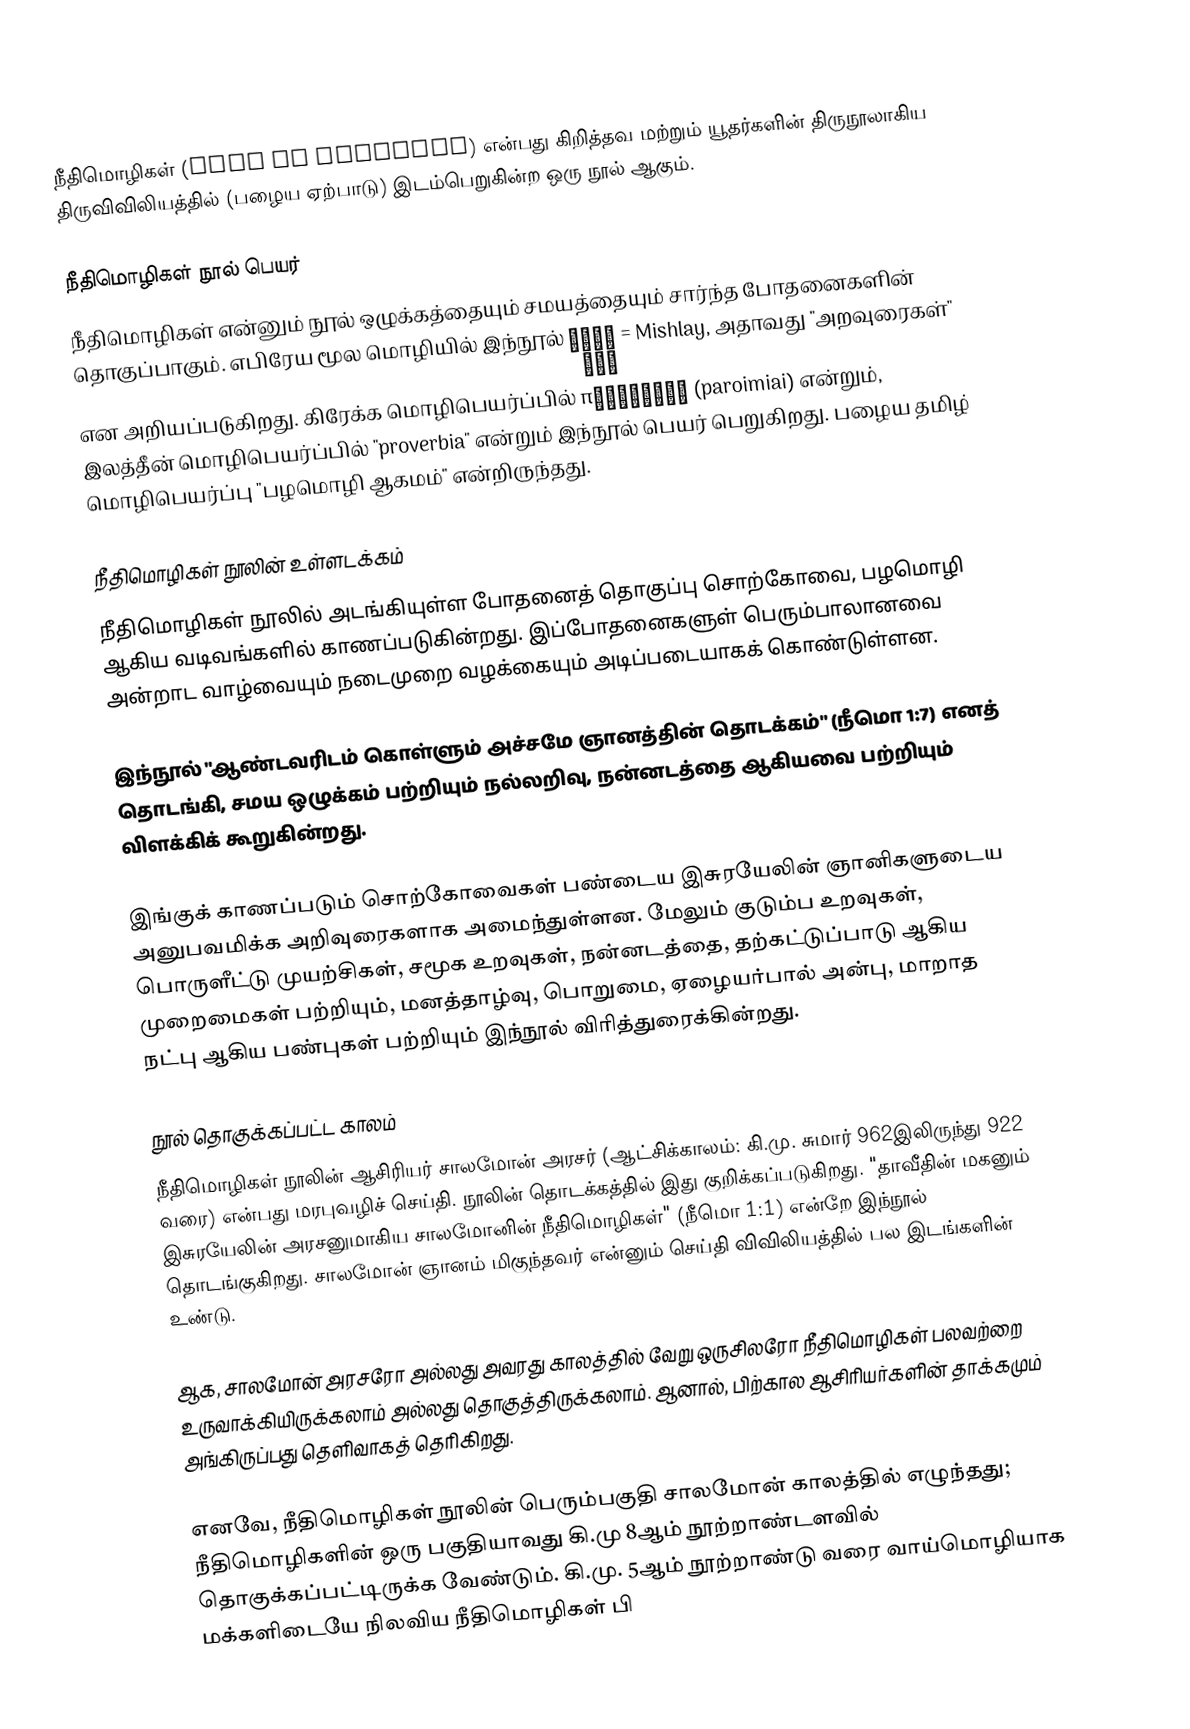
நீதிமொழிகள் (Book of Proverbs) என்பது கிறித்தவ மற்றும் யூதர்களின் திருநூலாகிய திருவிவிலியத்தில் (பழைய ஏற்பாடு) இடம்பெறுகின்ற ஒரு நூல் ஆகும்.

நீதிமொழிகள் நூல் பெயர்
நீதிமொழிகள் என்னும் நூல் ஒழுக்கத்தையும் சமயத்தையும் சார்ந்த போதனைகளின் தொகுப்பாகும். எபிரேய மூல மொழியில் இந்நூல்  מִשְלֵי  = Mishlay, அதாவது "அறவுரைகள்"  என அறியப்படுகிறது. கிரேக்க மொழிபெயர்ப்பில் παροιμίαι  (paroimiai)  என்றும், இலத்தீன் மொழிபெயர்ப்பில் "proverbia" என்றும் இந்நூல் பெயர் பெறுகிறது. பழைய தமிழ் மொழிபெயர்ப்பு "பழமொழி ஆகமம்" என்றிருந்தது.

நீதிமொழிகள் நூலின் உள்ளடக்கம்
நீதிமொழிகள் நூலில் அடங்கியுள்ள போதனைத் தொகுப்பு சொற்கோவை, பழமொழி ஆகிய வடிவங்களில் காணப்படுகின்றது. இப்போதனைகளுள் பெரும்பாலானவை அன்றாட வாழ்வையும் நடைமுறை வழக்கையும் அடிப்படையாகக் கொண்டுள்ளன.

இந்நூல் "ஆண்டவரிடம் கொள்ளும் அச்சமே ஞானத்தின் தொடக்கம்" (நீமொ 1:7) எனத் தொடங்கி, சமய ஒழுக்கம் பற்றியும் நல்லறிவு, நன்னடத்தை ஆகியவை பற்றியும் விளக்கிக் கூறுகின்றது.

இங்குக் காணப்படும் சொற்கோவைகள் பண்டைய இசுரயேலின் ஞானிகளுடைய அனுபவமிக்க அறிவுரைகளாக அமைந்துள்ளன. மேலும் குடும்ப உறவுகள், பொருளீட்டு முயற்சிகள், சமூக உறவுகள், நன்னடத்தை, தற்கட்டுப்பாடு ஆகிய முறைமைகள் பற்றியும், மனத்தாழ்வு, பொறுமை, ஏழையர்பால் அன்பு, மாறாத நட்பு ஆகிய பண்புகள் பற்றியும் இந்நூல் விரித்துரைக்கின்றது.

நூல் தொகுக்கப்பட்ட காலம்
நீதிமொழிகள் நூலின் ஆசிரியர் சாலமோன் அரசர் (ஆட்சிக்காலம்: கி.மு. சுமார் 962இலிருந்து 922 வரை) என்பது மரபுவழிச் செய்தி. நூலின் தொடக்கத்தில் இது குறிக்கப்படுகிறது. "தாவீதின் மகனும் இசுரயேலின் அரசனுமாகிய சாலமோனின் நீதிமொழிகள்" (நீமொ 1:1) என்றே இந்நூல் தொடங்குகிறது. சாலமோன் ஞானம் மிகுந்தவர் என்னும் செய்தி விவிலியத்தில் பல இடங்களின் உண்டு.

ஆக, சாலமோன் அரசரோ அல்லது அவரது காலத்தில் வேறு ஒருசிலரோ நீதிமொழிகள் பலவற்றை உருவாக்கியிருக்கலாம் அல்லது தொகுத்திருக்கலாம். ஆனால், பிற்கால ஆசிரியர்களின் தாக்கமும் அங்கிருப்பது தெளிவாகத் தெரிகிறது.

எனவே, நீதிமொழிகள் நூலின் பெரும்பகுதி சாலமோன் காலத்தில் எழுந்தது; நீதிமொழிகளின் ஒரு பகுதியாவது கி.மு 8ஆம் நூற்றாண்டளவில் தொகுக்கப்பட்டிருக்க வேண்டும். கி.மு. 5ஆம் நூற்றாண்டு வரை வாய்மொழியாக மக்களிடையே நிலவிய நீதிமொழிகள் பி